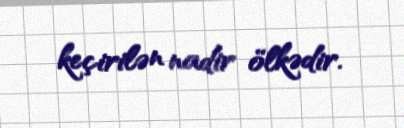
keçirilən nadir ölkədir.